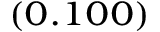
_ { ( 0 . 1 0 0 ) }